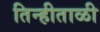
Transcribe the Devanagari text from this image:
तिन्हीताळी